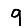
Digit: 9